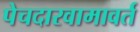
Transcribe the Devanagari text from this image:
पेचदारवामावर्त